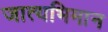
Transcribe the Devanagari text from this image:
जात्यभिमान